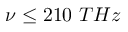
\nu \leq 2 1 0 ~ T H z